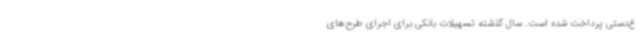
ع‌دستی پرداخت شده است. سال گذشته تسهیلات بانکی برای اجرای طرح‌های